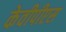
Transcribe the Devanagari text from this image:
केवीपीएस